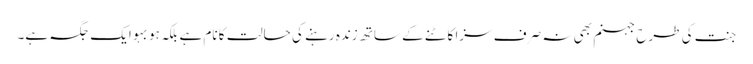
جنت کی طرح جہنم بھی نہ صرف سزا کاٹنے کے ساتھ زندہ رہنے کی حالت کا نام ہے بلکہ ہو بہو ایک جگہ ہے۔